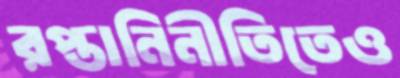
রপ্তানিনীতিতেও